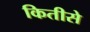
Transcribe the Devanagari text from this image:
कितीसे